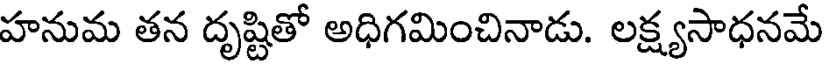
హనుమ తన దృష్టితో అధిగమించినాడు. లక్ష్యసాధనమే